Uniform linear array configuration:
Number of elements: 64
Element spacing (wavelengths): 1
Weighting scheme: binomial
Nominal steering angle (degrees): -30
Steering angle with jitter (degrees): -30.7
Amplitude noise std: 0.05
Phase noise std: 0.05

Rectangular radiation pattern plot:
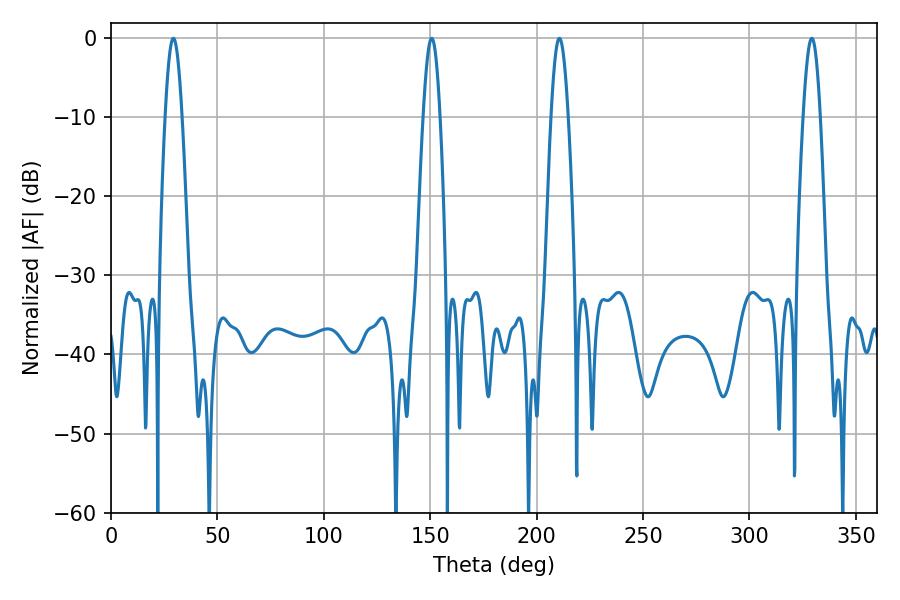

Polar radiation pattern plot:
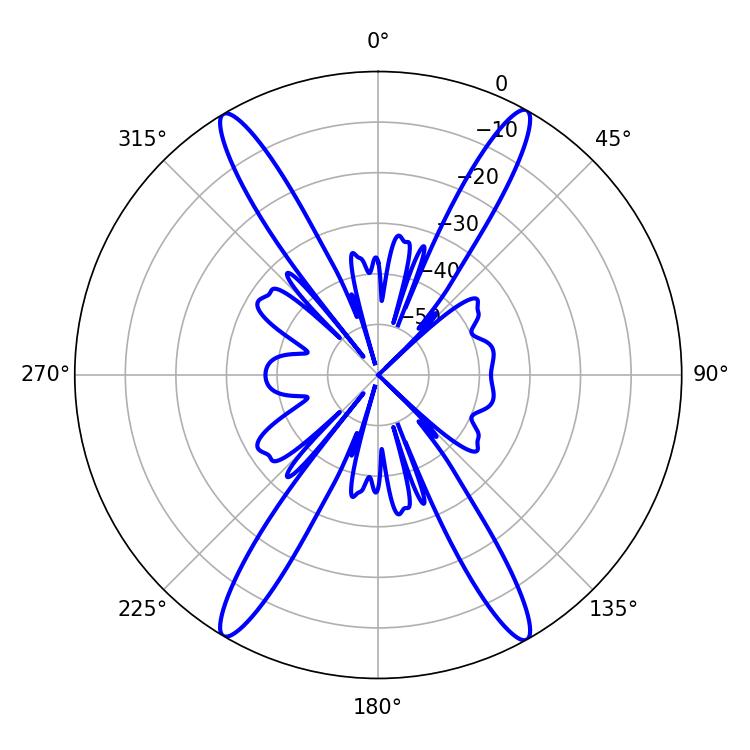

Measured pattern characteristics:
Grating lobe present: TRUE
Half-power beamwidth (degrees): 4.32
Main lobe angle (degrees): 29.34